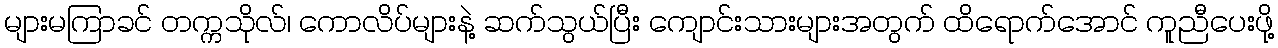
များမကြာခင် တက္ကသိုလ်၊ ကောလိပ်များနဲ့ ဆက်သွယ်ပြီး ကျောင်းသားများအတွက် ထိရောက်အောင် ကူညီပေးဖို့